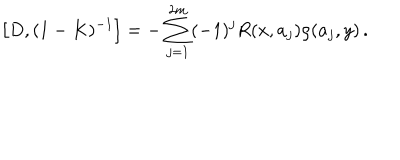
\left[ D , ( 1 - K ) ^ { - 1 } \right] = - \sum _ { j = 1 } ^ { 2 m } ( - 1 ) ^ { j } R ( x , a _ { j } ) \rho ( a _ { j } , y ) \, .